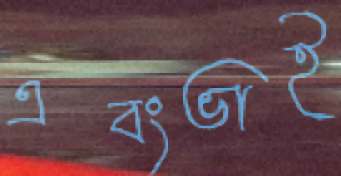
এবংভাই